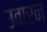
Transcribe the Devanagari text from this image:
उबारन